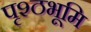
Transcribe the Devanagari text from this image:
पृश्ठभूमि